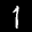
Label: 1